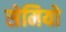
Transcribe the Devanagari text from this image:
सेमियो